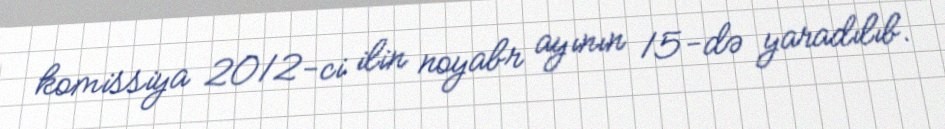
komissiya 2012-ci ilin noyabr ayının 15-də yaradılıb.